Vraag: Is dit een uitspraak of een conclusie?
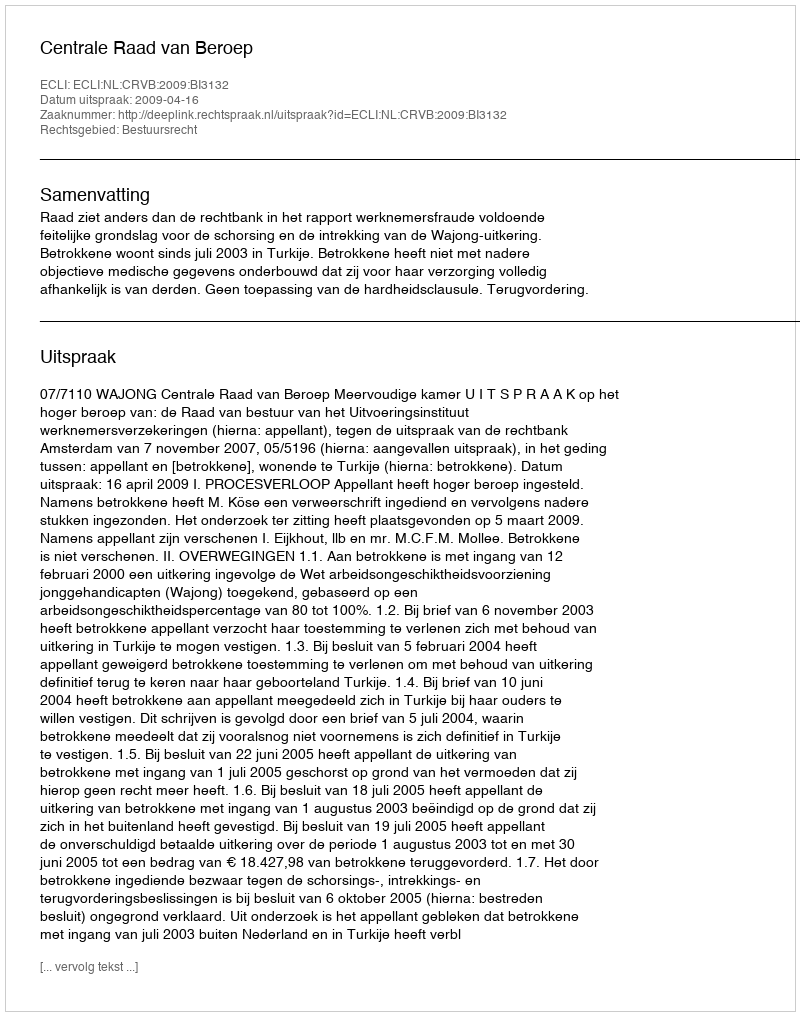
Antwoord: Uitspraak